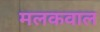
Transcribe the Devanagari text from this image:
मलकवाल